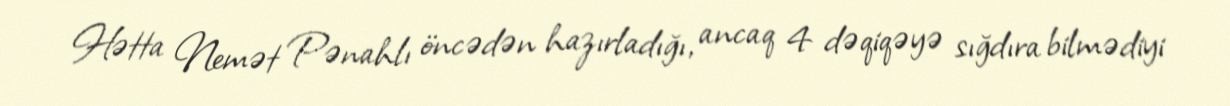
Hətta Nemət Pənahlı öncədən hazırladığı, ancaq 4 dəqiqəyə sığdıra bilmədiyi